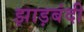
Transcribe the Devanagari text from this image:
झाड़बंदी